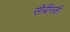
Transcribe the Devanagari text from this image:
सोबीस्की